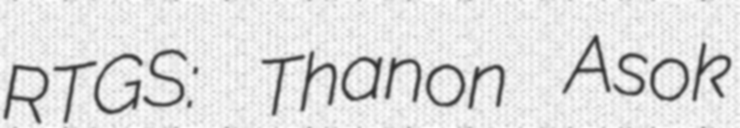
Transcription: RTGS: Thanon Asok